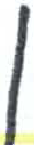
אות: ן